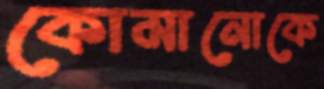
কোমানোকে